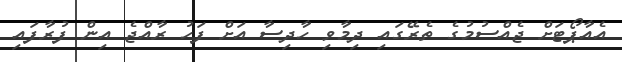
އެއާޕޯޓަށް ޖެއްސުމުގެ ތެރޭގައި ދިމާވި ހާދިސާ އަށް ފަހު ރާއްޖެ އިން ފުރާފައި